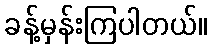
ခန့်မှန်းကြပါတယ်။